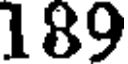
189